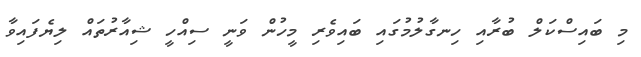
މި ބައިސްކަލް ބުރާއި ހިނގާލުމުގައި ބައިވެރި މީހުން ވަނީ ސިއްހީ ޝިއާރުތައް ލިޔެފައިވާ